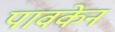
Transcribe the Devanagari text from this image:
पावकेन